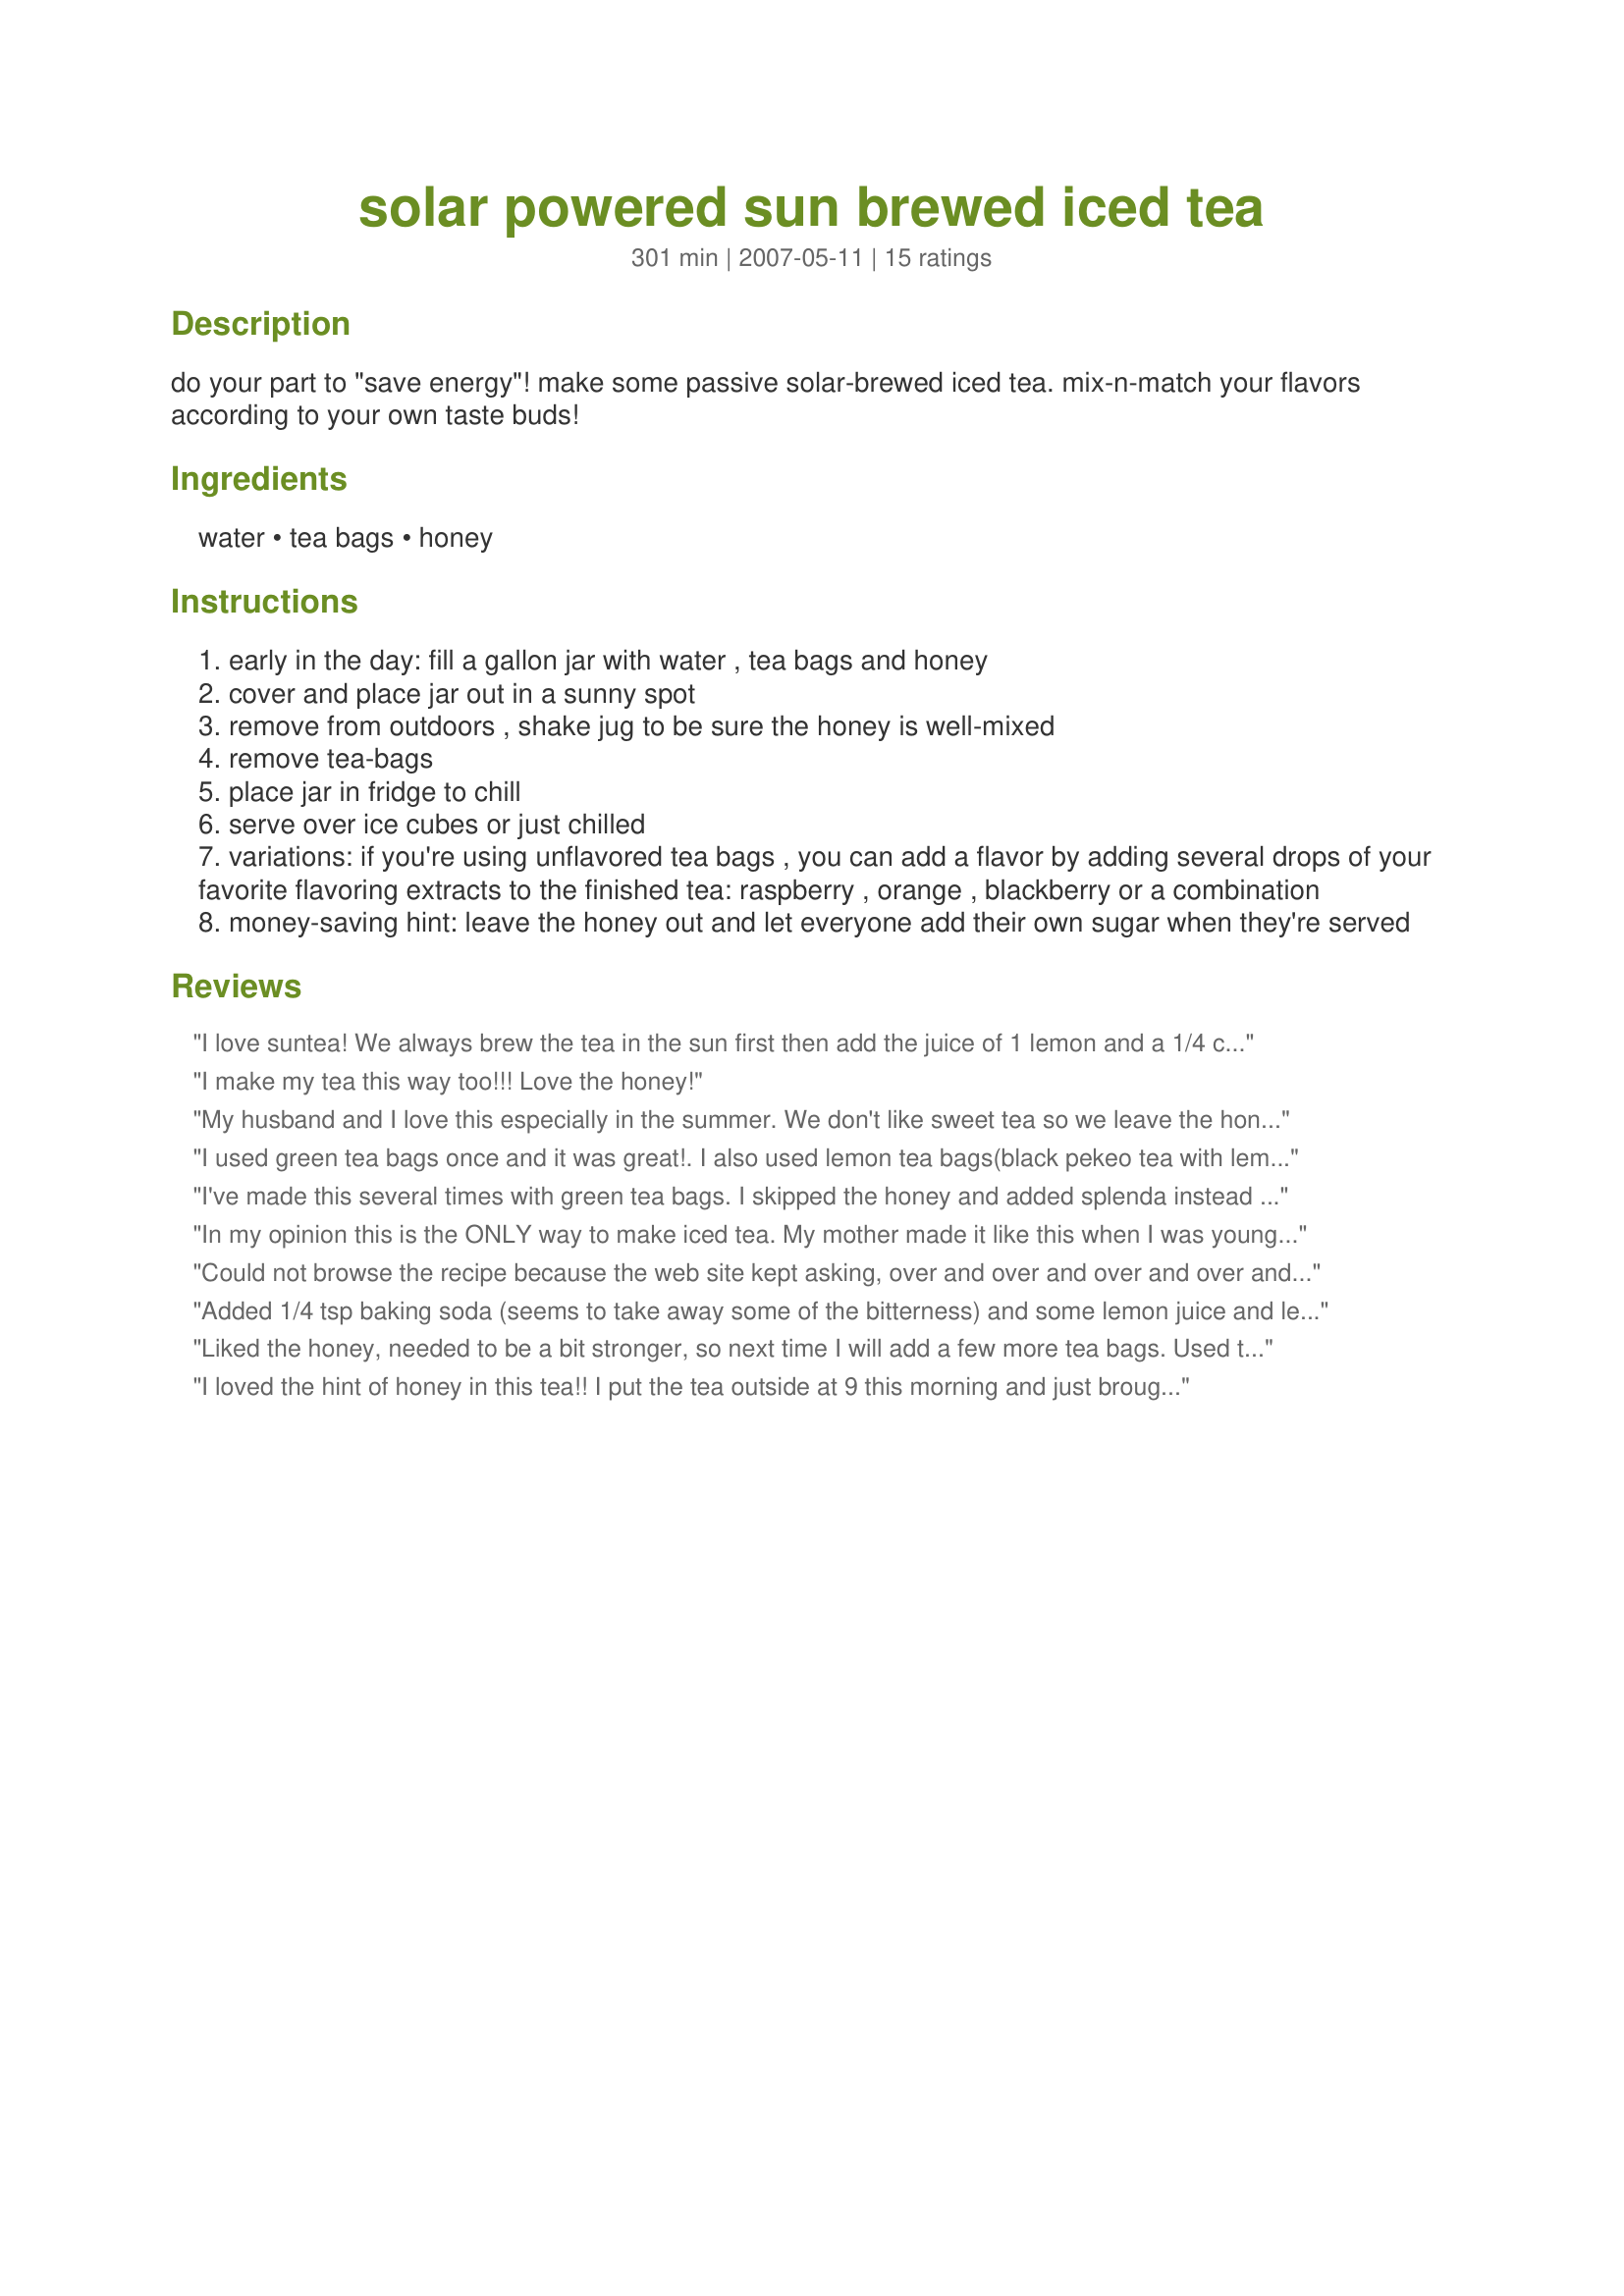
solar powered sun brewed iced tea
Preparation time: 301 minutes

do your part to "save energy"! make some passive solar-brewed iced tea. mix-n-match your flavors according to your own taste buds!

Ingredients:
water, tea bags, honey

Steps:
early in the day: fill a gallon jar with water , tea bags and honey
cover and place jar out in a sunny spot
remove from outdoors , shake jug to be sure the honey is well-mixed
remove tea-bags
place jar in fridge to chill
serve over ice cubes or just chilled
variations: if you're using unflavored tea bags , you can add a flavor by adding several drops of your favorite flavoring extracts to the finished tea: raspberry , orange , blackberry or a combination
money-saving hint: leave the honey out and let everyone add their own sugar when they're served

Reviews:
I love suntea! We always brew the tea in the sun first then add the juice of 1 lemon and a 1/4 cup sugar. The honey would be a nice alternative I think.
I make my tea this way too!!! Love the honey!
My husband and I love this especially in the summer. We don't like sweet tea so we leave the honey out.
I used green tea bags once and it was great!. I also used lemon tea bags(black pekeo tea with lemon) that was also great!.
I've made this several times with green tea bags. I skipped the honey and added splenda instead to each individual glass I drank. Good idea!
In my opinion this is the ONLY way to make iced tea. My mother made it like this when I was young and it's still my favorite way to make it. I don't know why it's better this way but for some reason it just is. It's one I make again and again. Thank's so much for sharing this one deb!!
Could not browse the recipe because the web site kept asking, over and over and over and over and over and over and over and over and over and over and over and over and over and over and over and over and over and over and over and over and over and over and over and over and over and over and over and over and over and over and over and over and over and over and over and over and over and over if it culd use my current location. Just how many &quot;no&#039;s&quot; does it take Food.com to get the point that I don&#039;t want my location accessed?

Food.cpm goes on my &quot;blocked forever&quot; list. The recipes weren&#039;t all that good at any rate, so no great loss. I don&#039;t recall ver using one - There are plenty of better foodie sites that are NOT privacy hackers.
Added 1/4 tsp baking soda (seems to take away some of the bitterness) and some lemon juice and lemon slices. Easy and fun to make.
Liked the honey, needed to be a bit stronger, so next time I will add a few more tea bags. Used this to go with "recipe#175150". Thank you for nice addition to my afternoon break!
I loved the hint of honey in this tea!! I put the tea outside at 9 this morning and just brought it in now at 7. It was a on the cooler side but the tea still brewed nicely on the cement. I'm going to try this one on the family too this summer. I adopted this chef for the *Spring PAC 2008* game
This is how I make my tea minus the sweetener (honey). This method eliminates the bitterness you sometimes get when using boiled water. Thank you for sharing and bringing back memories!
Soooo refreshing! I've never tried this before, but it's been a big hit with the kids and much healthier than the store bought powder. I added some lemon juice for a bit of a twist.
Like another reviewer, I used lemon tea bags, too. I love sun tea and this one did not disappoint. Thanks for sharing!
this is how i make it too honey is interesting twist .dee
Sun Tea is a summer stable for my family. I purchase three glass jar with a hand pushed pouring spout on the side to always have one sweet tea and one regular tea in the refrigerator at all times. The extra picture is to make what ever type gets low.
